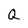
Character: Q